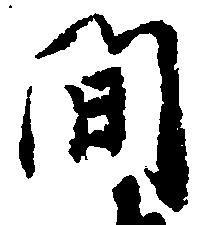
間